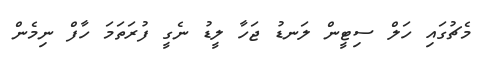
މެޗުގައި ހަލް ސިޓީން ލަނޑު ޖަހާ ލީޑު ނެގީ ފުރަތަމަ ހާފް ނިމެން